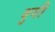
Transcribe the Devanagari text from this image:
वुगी